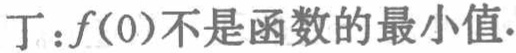
丁：\(f(0)\)不是函数的最小值.